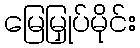
မြေမြှုပ်မိုင်း